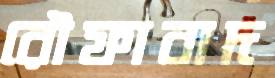
রৌফাবাদ